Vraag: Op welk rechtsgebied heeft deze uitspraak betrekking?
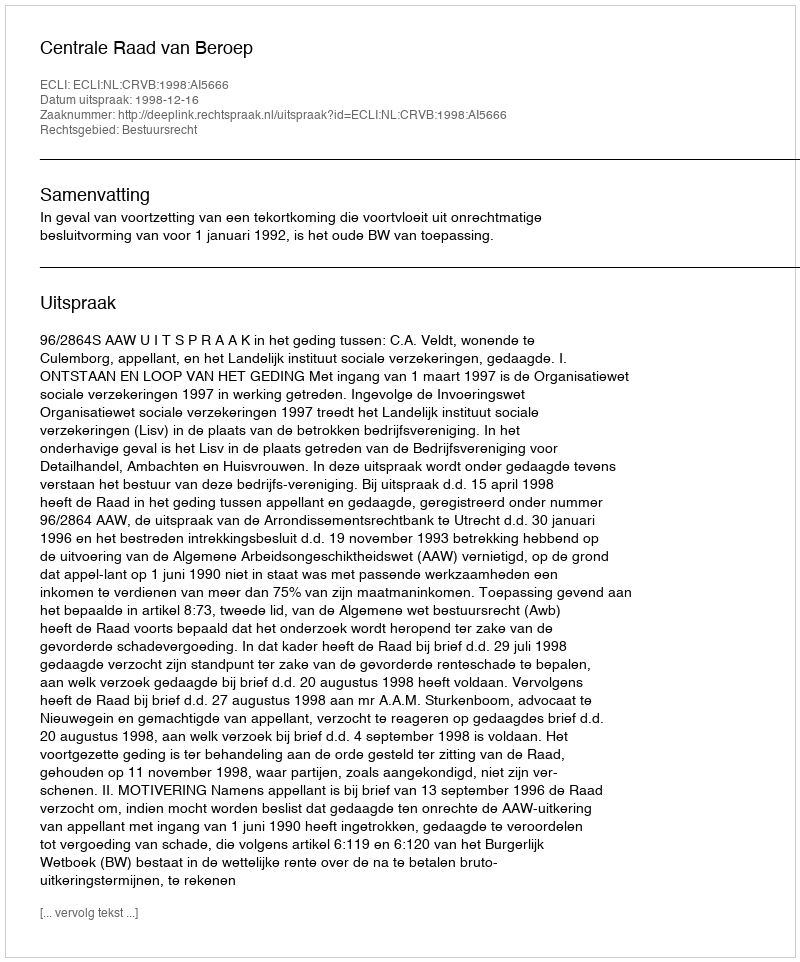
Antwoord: Bestuursrecht